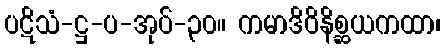
ပဋိသံ-ဋ္ဌ-ပ-အုပ်-၃၀။ ကမာဒိဝိနိစ္ဆယကထာ၊